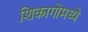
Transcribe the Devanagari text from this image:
शिकागोमध्ये